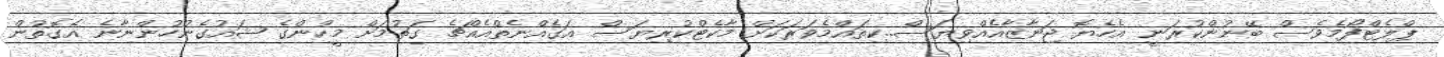
ޕްލެޓްފޯމެވެސް ބޭނުންކުރަނީ އެހެޔޮ ޖަނާޒާއެއްވިޔަސް..ކިތައްމެވަރަކަށް މާކެޓްކުރިޔަސް އަގެއްނެތްއެއްޗެ ގަތުމަށް މީހުންގެ ޝައުގެނުހުންނާނެ އެގޮތުން